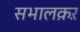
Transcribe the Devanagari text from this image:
सभालक़ऱ